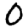
Digit: 0